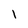
Character: l